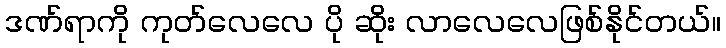
ဒဏ်ရာကို ကုတ်လေလေ ပို ဆိုး လာလေလေဖြစ်နိုင်တယ်။